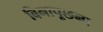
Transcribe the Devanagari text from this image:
बिनापूछना